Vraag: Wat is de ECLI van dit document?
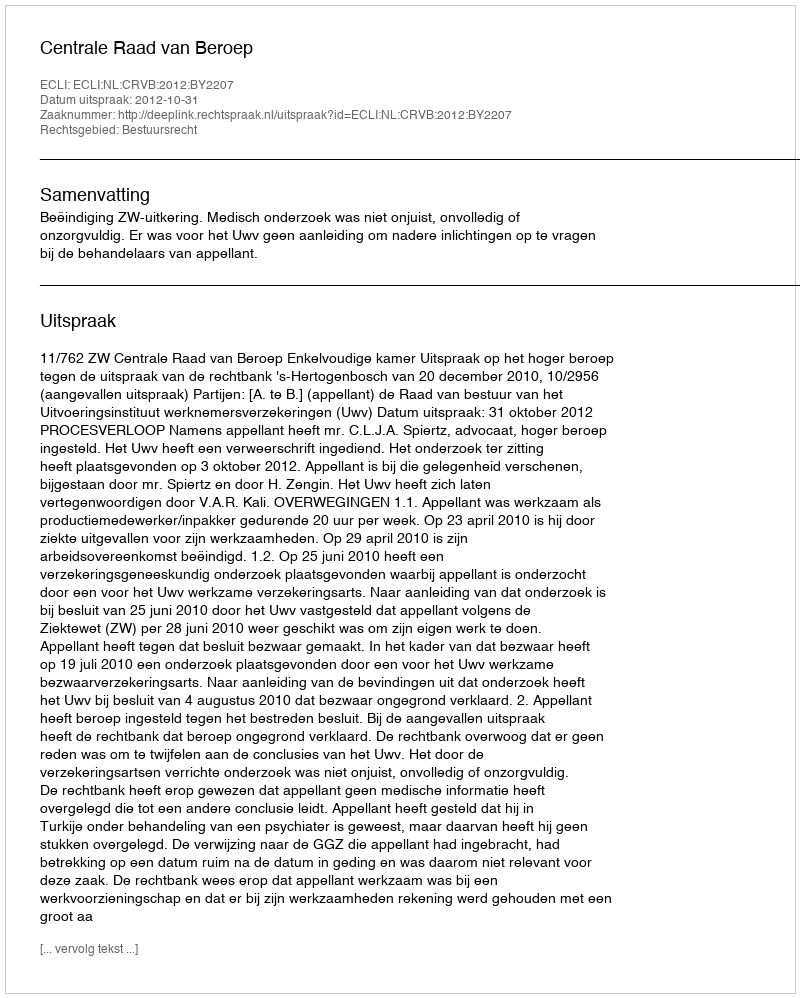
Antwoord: ECLI:NL:CRVB:2012:BY2207